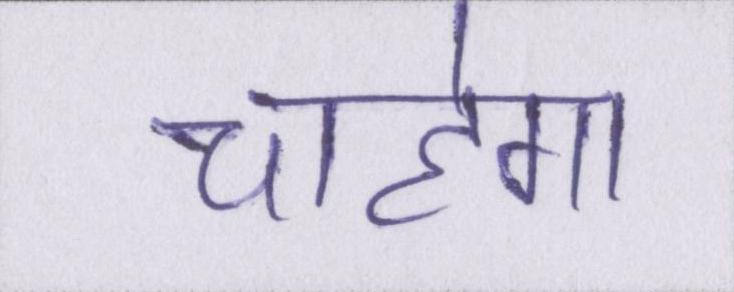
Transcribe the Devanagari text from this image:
चाहेगा